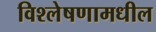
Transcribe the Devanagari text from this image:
विश्लेषणामधील